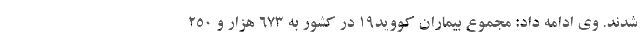
شدند. وی ادامه داد: مجموع بیماران کووید۱۹ در کشور به ۶۷۳ هزار و ۲۵۰